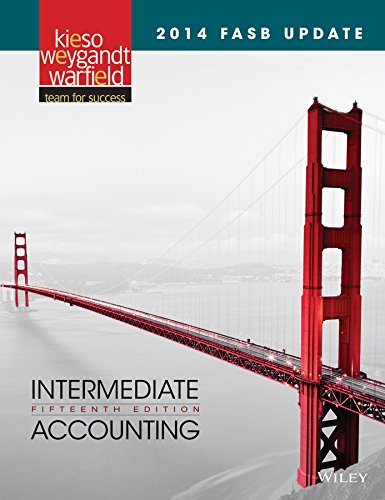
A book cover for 2014 FASB Update Intermediate Accounting; Donald E. Kieso; Business & Money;